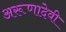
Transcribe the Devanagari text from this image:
अरूणादेवी